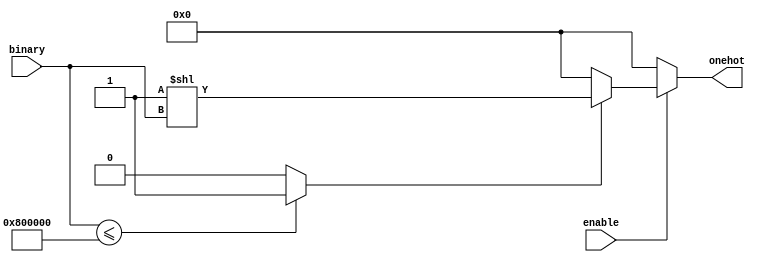

// time scale
`timescale 1ns/1ps

// no undeclared nets
//`default_nettype none

module DigitalCore_BinaryToOneHot(
    
	enable,
    binary,
    onehot

    );

    //-----------------------------------------------------------------------------------
    //  Parameters
    //-----------------------------------------------------------------------------------

    parameter       BinaryWidth = 5;
    parameter       OneHotWidth = 24;
    localparam      DummyBits = OneHotWidth-BinaryWidth;
    localparam	    OneHotWidthMinusOne = OneHotWidth-1;	

    //-----------------------------------------------------------------------------------
    //  Ports
    //-----------------------------------------------------------------------------------
    input wire 								enable;
    input wire  [BinaryWidth-1:0]                          	        binary;
    output wire [OneHotWidth-1:0]                                  	onehot;

    //-----------------------------------------------------------------------------------
    //  Internal Wires
    //-----------------------------------------------------------------------------------
    wire                                                            pass;
    wire  [OneHotWidth-1:0]                                         onehot_passed;
    //-----------------------------------------------------------------------------------

    //-----------------------------------------------------------------------------------
    //  Gen Variables
    //-----------------------------------------------------------------------------------
    genvar                                  i;
    //-----------------------------------------------------------------------------------

    //-----------------------------------------------------------------------------------
    //  Assigns 
    //-----------------------------------------------------------------------------------
    // Gate out large values
    assign pass = ({ {DummyBits{1'b0}}, binary } <= { {1'b1}, {OneHotWidthMinusOne{1'b0}} }) ? 1'b1 : 1'b0 ; // this line is changed

    // Combination one-hot logic
    assign onehot_passed = pass ? ({ {OneHotWidthMinusOne{1'b0}},{1'b1} } << binary) : {OneHotWidth{1'b0}} ; // this as well

    // Output is gated based on enable signal
    assign onehot = enable ? onehot_passed : {OneHotWidth{1'b0}} ;

    //-----------------------------------------------------------------------------------


endmodule